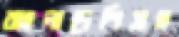
বাংলাদেশিসহ